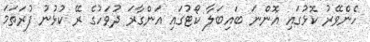
ހެންވޭރު ކޮޅުގައި އޮންނަ ބައިބަލާ ކޯޓުގައި އަންގާރަ ދުވަހުގެ ރޭ ކުޅުނު ފުރަތަމަ